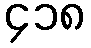
၄၁၈